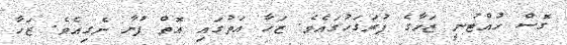
ގޮސް ހުއްޓުނީ ޒަހާގެ ފުރަގަހުގައެވެ. ޒަހާ އަތުގައި އޮތް ފުނާ ނެގިއެވެ. ޒަހާ